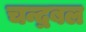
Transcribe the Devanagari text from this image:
चन्द्रबल